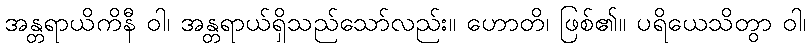
အန္တရာယိကိနီ ဝါ၊ အန္တရာယ်ရှိသည်သော်လည်း။ ဟောတိ၊ ဖြစ်၏။ ပရိယေသိတွာ ဝါ၊